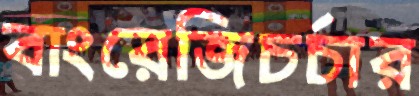
বাংরেজিচর্চার